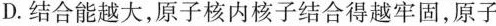
D.结合能越大，原子核内核子结合得越牢固，原子